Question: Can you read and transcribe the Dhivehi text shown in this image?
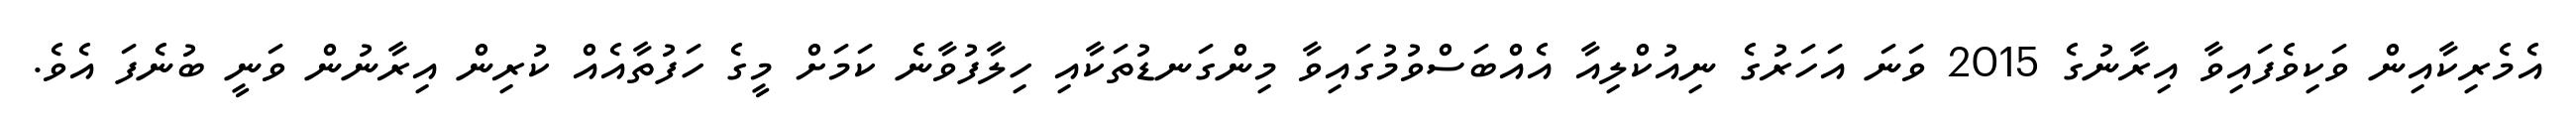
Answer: އެމެރިކާއިން ވަކިވެފައިވާ އިރާނުގެ 2015 ވަނަ އަހަރުގެ ނިއުކްލިއާ އެއްބަސްވުމުގައިވާ މިންގަނޑުތަކާއި ހިލާފުވާނެ ކަމަށް މީގެ ހަފުތާއެއް ކުރިން އިރާނުން ވަނީ ބުނެފަ އެވެ.